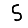
Digit: 5